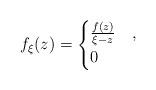
LaTeX: \begin{align*}f_\xi(z) = \begin{cases}\frac{f(z)}{\xi - z} & ,\\0 & \end{cases}\end{align*}